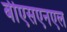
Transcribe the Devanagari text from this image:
बीएसएनएल